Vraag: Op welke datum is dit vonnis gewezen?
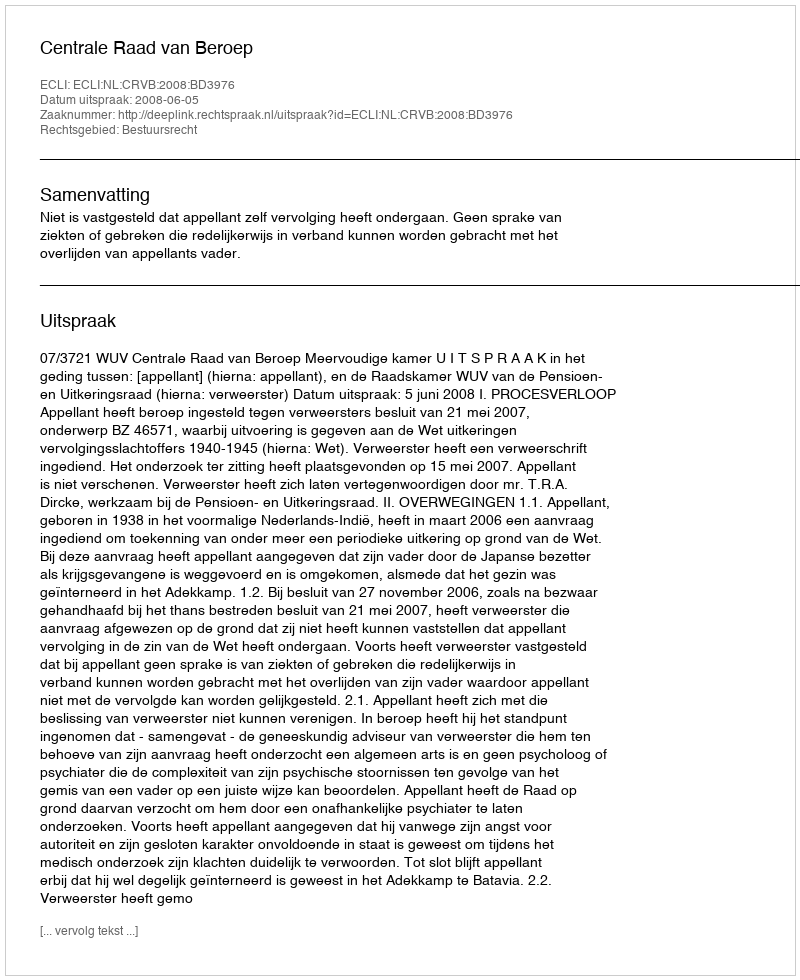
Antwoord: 2008-06-05